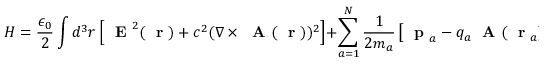
H = \frac { \epsilon _ { 0 } } { 2 } \int d ^ { 3 } r \left[ \mathrm { ~ \bf ~ E ~ } ^ { 2 } ( \mathrm { ~ \bf ~ r ~ } ) + c ^ { 2 } ( \nabla \times \mathrm { ~ \bf ~ A ~ } ( \mathrm { ~ \bf ~ r ~ } ) ) ^ { 2 } \right] + \sum _ { a = 1 } ^ { N } \frac { 1 } { 2 m _ { a } } \left[ \mathrm { ~ \bf ~ p ~ } _ { a } - q _ { a } \mathrm { ~ \bf ~ A ~ } ( \mathrm { ~ \bf ~ r ~ } _ { a } ) \right] ^ { 2 }